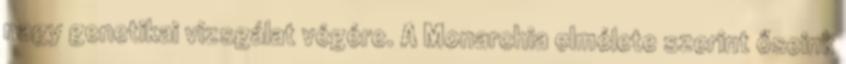
nagy genetikai vizsgálat végére. A Monarchia elmélete szerint őseink